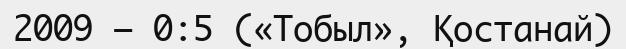
2009 — 0:5 («Тобыл», Қостанай)